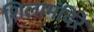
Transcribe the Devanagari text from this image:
शिलामंदिरे